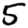
Digit: 5